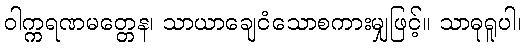
ဝါက္ကရဏမတ္တေန၊ သာယာချေငံသောစကားမျှဖြင့်။ သာဓုရူပါ၊